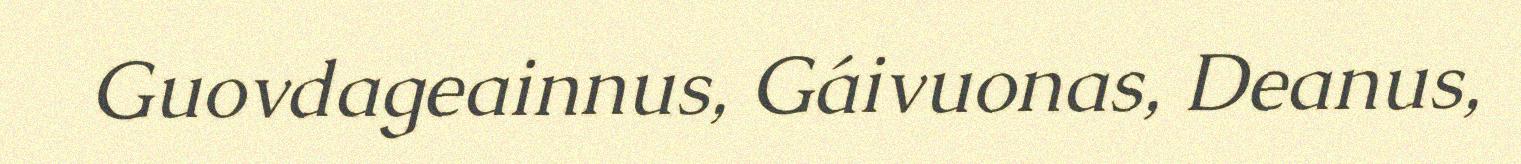
Guovdageainnus, Gáivuonas, Deanus,